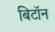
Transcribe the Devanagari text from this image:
बिटॉन